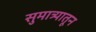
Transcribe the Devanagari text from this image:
सुमात्र्यातून